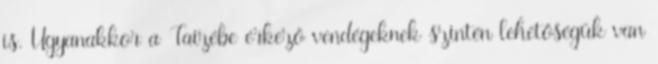
is. Ugyanakkor a Taizébe érkező vendégeknek szintén lehetőségük van